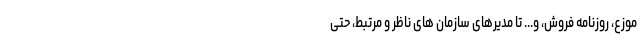
موزع، روزنامه فروش، و... تا مدیرهای سازمان های ناظر و مرتبط، حتی